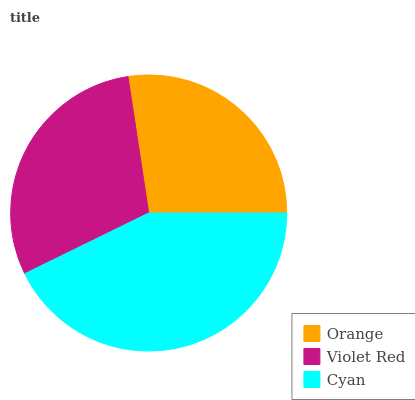
| Orange | Violet Red | Cyan |
 | --- | --- | --- |
 | 27.3% | 29.9% | 42.8% |